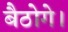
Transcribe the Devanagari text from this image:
बैठोगे।